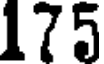
175